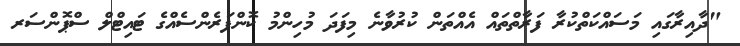
"ދާއިރާގައި މަސައްކަތްކުރާ ފަރާތްތައް އެއްތަން ކުރުވާނެ މިފަދަ މުހިންމު ކޮންފަރެންސެއްގެ ޓައިޓްލް ސްޕޮންސަރ